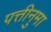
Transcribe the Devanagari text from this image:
पत्तीनुमा